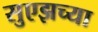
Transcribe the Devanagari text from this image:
सुएझच्या